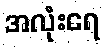
အလုံးရေ